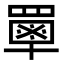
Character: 𦌃